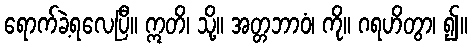
ရောက်ခဲ့ရလေပြီ။ ဣတိ၊ သို့။ အတ္တဘာဝံ၊ ကို။ ဂရဟိတွာ၊ ၍။